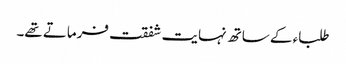
طلباء کے ساتھ نہایت شفقت فرماتے تھے۔